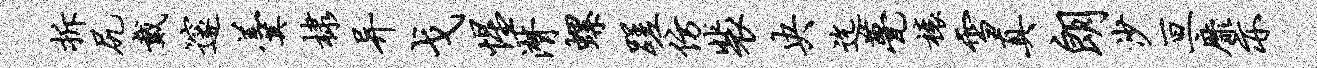
拆尻戴邃羹棣异戈惺潸螺蹉仿裴央迄甍榱雪真朗沙亘靡亦